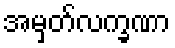
အမှတ်လက္ခဏာ